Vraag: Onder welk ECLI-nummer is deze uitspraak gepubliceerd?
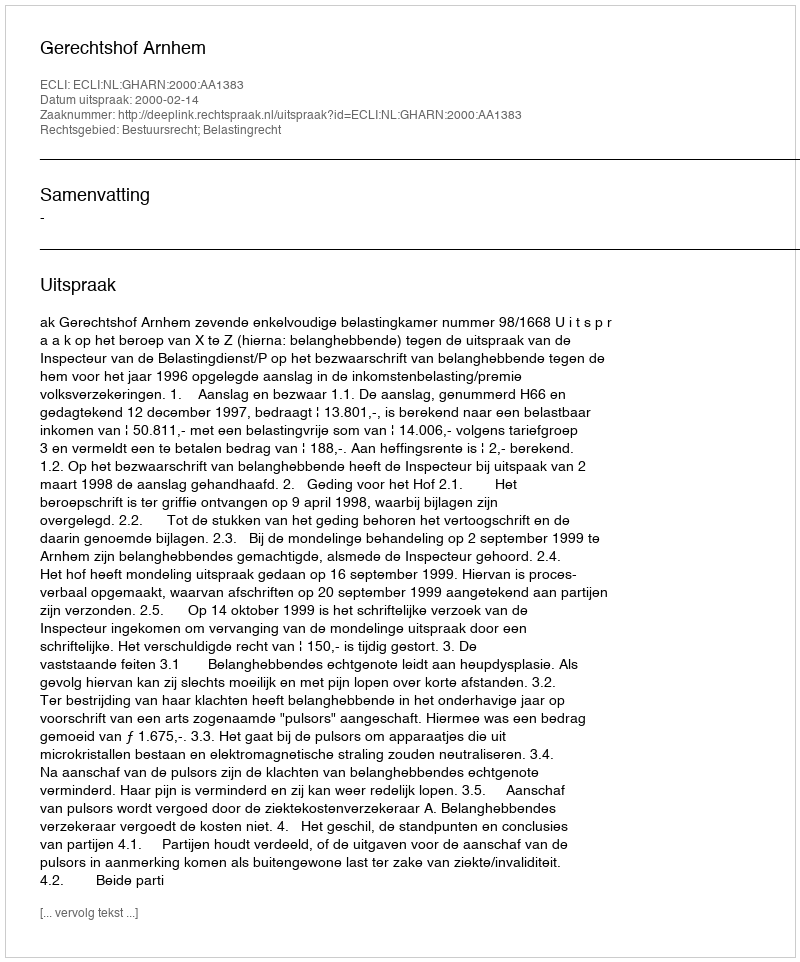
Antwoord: ECLI:NL:GHARN:2000:AA1383